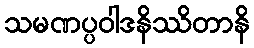
သမဏပ္ပဝါဒနိဿိတာနိ